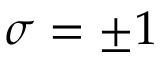
\sigma = \pm 1